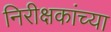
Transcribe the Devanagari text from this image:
निरीक्षकांच्या